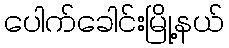
ပေါက်ခေါင်းမြို့နယ်